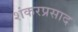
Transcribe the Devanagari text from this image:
शंकरप्रसाद